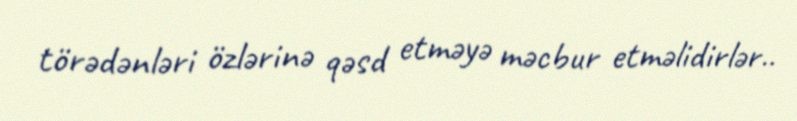
törədənləri özlərinə qəsd etməyə məcbur etməlidirlər..